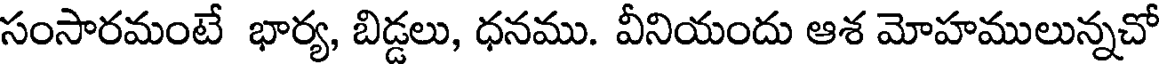
సంసారమంటే భార్య, బిడ్డలు, ధనము. వీనియందు ఆశ మోహములున్నచో